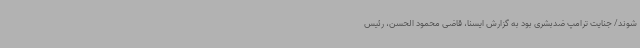
شوند/ جنایت ترامپ ضدبشری بود به گزارش ایسنا، قاضی محمود الحسن، رئیس